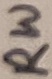
Text: RW